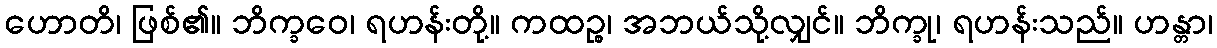
ဟောတိ၊ ဖြစ်၏။ ဘိက္ခဝေ၊ ရဟန်းတို့။ ကထဉ္စ၊ အဘယ်သို့လျှင်။ ဘိက္ခု၊ ရဟန်းသည်။ ဟန္တာ၊